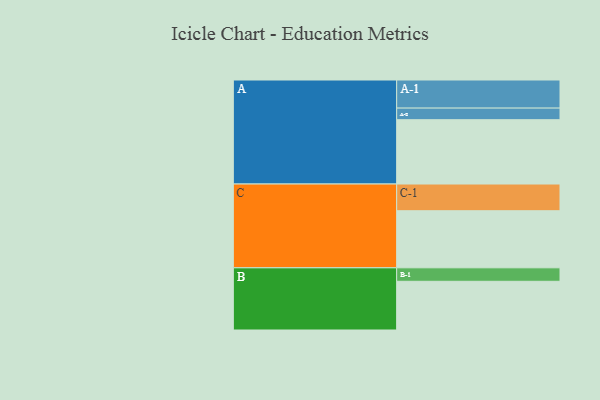
{"axis": {"x": "Segment", "y": "Value"}, "legend": ["", "A", "B", "C"], "data": [{"x": "A", "y": 506, "type": ""}, {"x": "B", "y": 383, "type": ""}, {"x": "C", "y": 449, "type": ""}, {"x": "A-1", "y": 221, "type": "A"}, {"x": "A-2", "y": 91, "type": "A"}, {"x": "B-1", "y": 106, "type": "B"}, {"x": "C-1", "y": 210, "type": "C"}]}